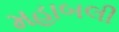
મહાબલી